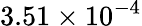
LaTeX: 3.51\times 10^{-4}